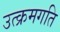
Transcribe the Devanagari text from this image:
उत्क्रमगति